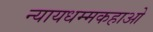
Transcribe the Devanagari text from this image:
न्यायधम्मकहाओ